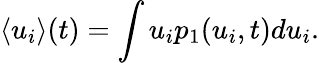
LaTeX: \langle u_{i}\rangle(t)=\int u_{i}p_{1}(u_{i},t)du_{i}.